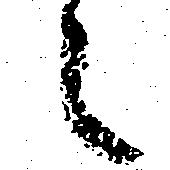
々